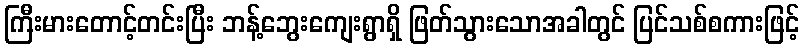
ကြီးမားတောင့်တင်းပြီး ဘန့်ဘွေးကျေးရွာရှိ ဖြတ်သွားသောအခါတွင် ပြင်သစ်စကားဖြင့်